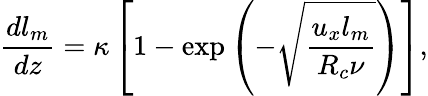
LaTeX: \frac{dl_{m}}{dz}=\kappa\left[1-\exp\left(-\sqrt{\frac{u_{x}l_{m}}{R_{c}\nu}}\right)\right],